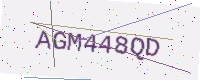
Text: AGM448QD